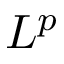
L ^ { p }